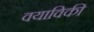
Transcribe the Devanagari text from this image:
वयाविकी